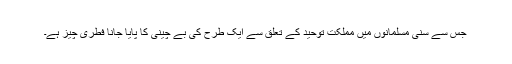
جس سے سنی مسلمانوں میں مملکت توحید کے تعلق سے ایک طرح کی بے چینی کا پایا جانا فطری چیز ہے۔